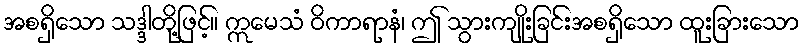
အစရှိသော သဒ္ဒါတို့ဖြင့်။ ဣမေသံ ဝိကာရာနံ၊ ဤ သွားကျိုးခြင်းအစရှိသော ထူးခြားသော